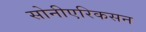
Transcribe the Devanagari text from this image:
सोनीएरिकसन